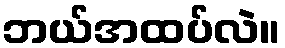
ဘယ်အထပ်လဲ။